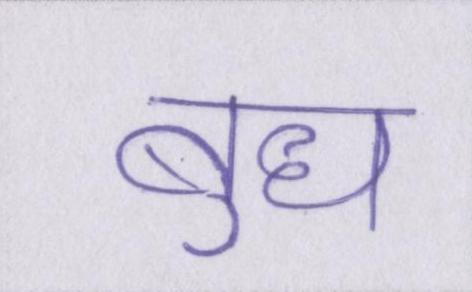
बुध